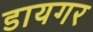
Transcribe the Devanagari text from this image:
डायगर